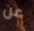
عن